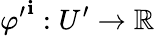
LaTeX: {\varphi^{\prime}}^{\mathbf{i}}:U^{\prime}\to\mathbb{{R}}